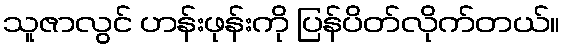
သူဇာလွင် ဟန်းဖုန်းကို ပြန်ပိတ်လိုက်တယ်။